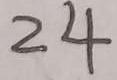
2 4